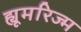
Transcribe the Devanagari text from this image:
ह्यूमरिज्म